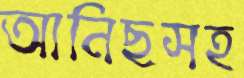
আনিছসহ